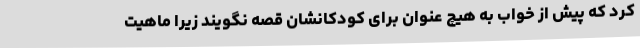
کرد که پیش از خواب به هیچ عنوان برای کودکانشان قصه نگویند زیرا ماهیت